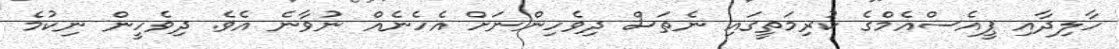
ހާލިދާއި ޕީއެސްއެމްގެ ކުރިމަތީގައި ނެތަސް ދިވެހިންނަށް އެހެނެއް ނުވާނެ އެވެ. ދިވެހީން ނިކުމެ